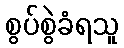
စွပ်စွဲခံရသူ